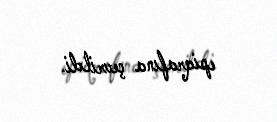
epiqrafına çevrildi.